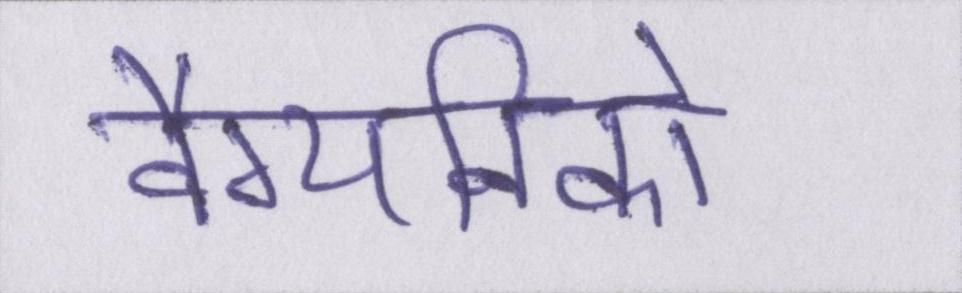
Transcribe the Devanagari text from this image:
वैग्यनिको